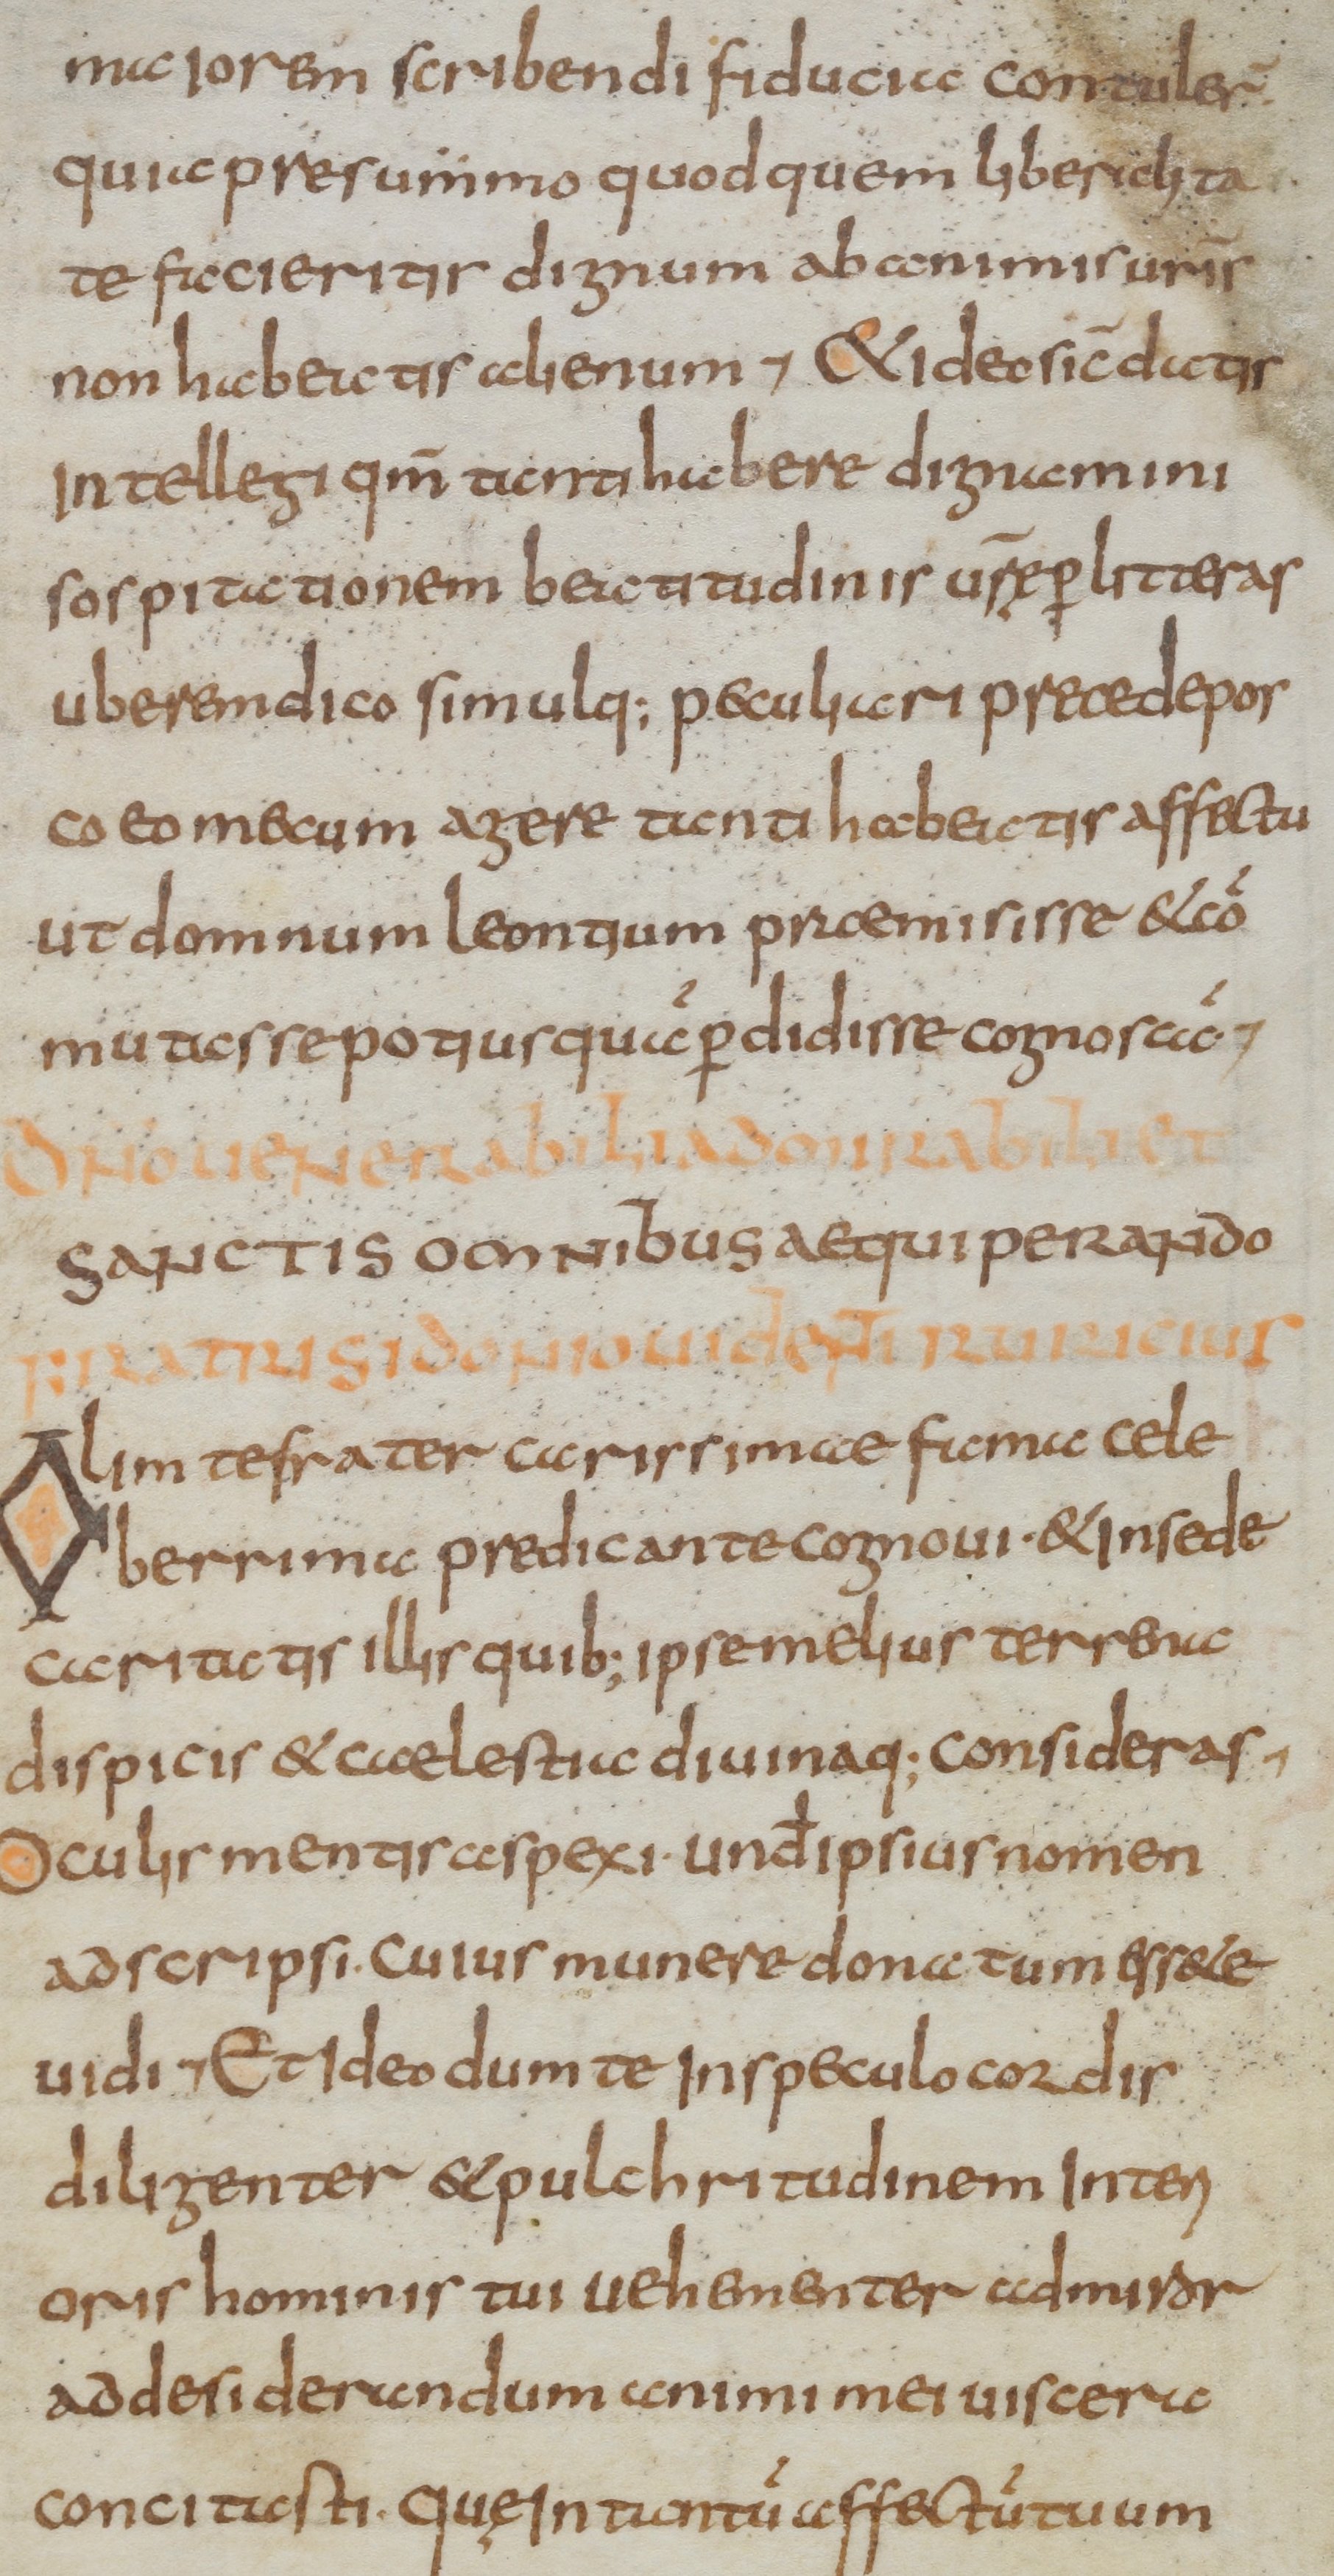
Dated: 800–899